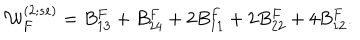
{ \cal W } _ { F } ^ { ( 2 ; s e ) } = B _ { 1 3 } ^ { F } + B _ { 2 4 } ^ { F } + 2 B _ { 1 1 } ^ { F } + 2 B _ { 2 2 } ^ { F } + 4 B _ { 1 2 } ^ { F } .